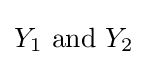
Y_{1}{\text{ and }}Y_{2}